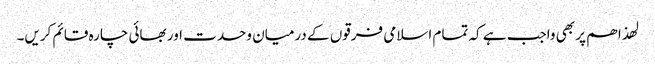
لھذا ھم پر بھی واجب ہے کہ تمام اسلامی فرقوں کے درمیان وحدت اور بھائی چارہ قائم کریں۔